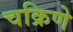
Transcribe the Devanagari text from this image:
चक्रिणे